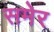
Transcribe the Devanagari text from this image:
समेर